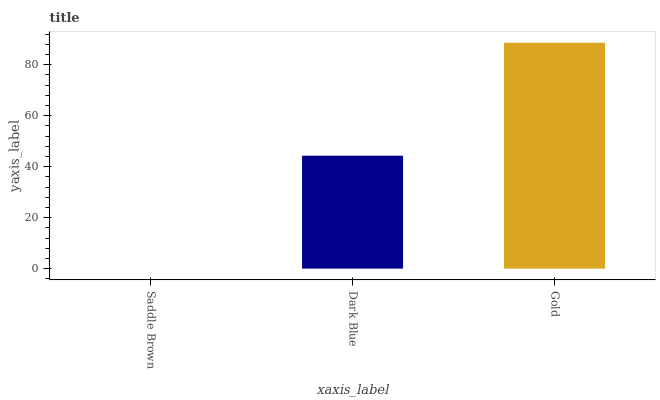
| xaxis_label | bars |
 | --- | --- |
 | Saddle Brown | 0 |
 | Dark Blue | 44.3 |
 | Gold | 88.6 |